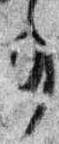
事